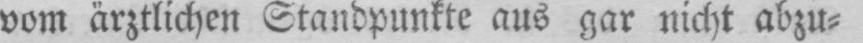
vom ärztlichen Standpunkte aus gar nicht abzu⸗